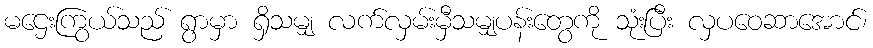
မဌေးကြွယ်သည် ရွာမှာ ရှိသမျှ လက်လှမ်းမှီသမျှပန်းတွေကို သုံးပြီး လှပဝေဆာအောင်၊